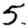
Digit: 5